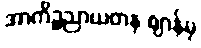
အာကိဉ္စညာယတန ဈာန်မှ